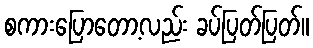
စကားပြောတော့လည်း ခပ်ပြတ်ပြတ်။